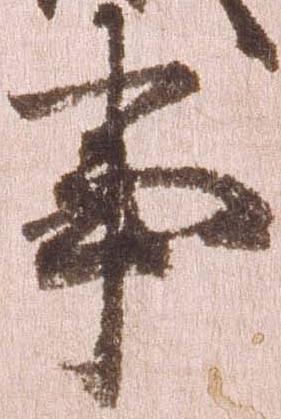
事